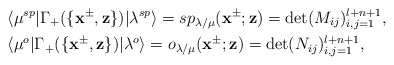
\begin{align*}&\langle \mu^{sp}|\Gamma_+(\{\mathbf{x}^{\pm},\mathbf{z}\})|\lambda^{sp}\rangle=sp_{\lambda/\mu}(\mathbf{x}^{\pm};\mathbf{z})=\det(M_{ij})^{l+n+1}_{i,j=1},\\&\langle \mu^{o}|\Gamma_+(\{\mathbf{x}^{\pm},\mathbf{z}\})|\lambda^{o}\rangle=o_{\lambda/\mu}(\mathbf{x}^{\pm};\mathbf{z})=\det(N_{ij})^{l+n+1}_{i,j=1},\end{align*}